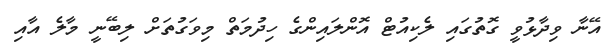
އޭނާ ވިދާޅުވީ ގޮތުގައި ލެކިއުޓް އޮންލައިންގެ ހިދުމަތް މިވަގުތަށް ލިބޭނީ މާލެ އާއި